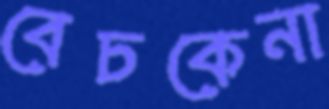
বেচকেনা